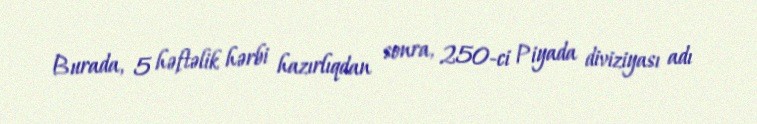
Burada, 5 həftəlik hərbi hazırlıqdan sonra, 250-ci Piyada diviziyası adı